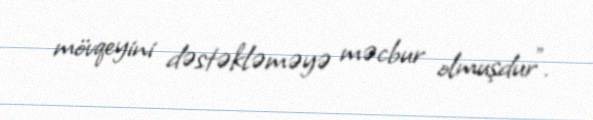
mövqeyini dəstəkləməyə məcbur olmuşdur”.